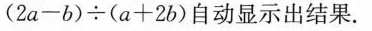
(2a-b)\div(a+2b)自动显示出结果.